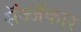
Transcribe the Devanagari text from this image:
सॅज्जॅकार